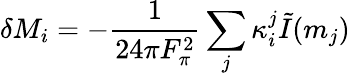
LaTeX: \delta M_{i}=-{\frac{1}{24\pi F_{\pi}^{2}}}\sum_{j}\kappa_{i}^{j}\tilde{I}(m_{j})